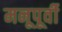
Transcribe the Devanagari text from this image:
मनूपूर्वी